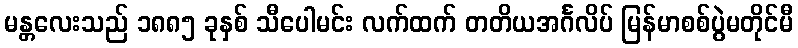
မန္တလေးသည် ၁၈၈၅ ခုနှစ် သီပေါမင်း လက်ထက် တတိယအင်္ဂလိပ် မြန်မာစစ်ပွဲမတိုင်မီ